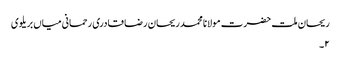
ریحان ملت حضرت مولانا محمد ریحان رضا قادری رحمانی میاں بریلوی
۲۔